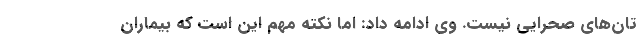
تان‌های صحرایی نیست. وی ادامه داد: اما نکته مهم این است که بیماران